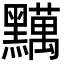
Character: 𪒪